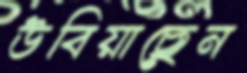
উবিয়াছেন